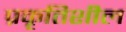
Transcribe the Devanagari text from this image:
प्रकृतिशील